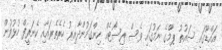
އައްޑޫގައި ސައުތު ޕާމްގެ ނަމުގައި ވެސް ރިސޯޓެއް ހިންގަމުންދާއިރު ހެރެތެރައާއި ކެނަރީފް ހުޅުވުން